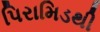
પિરામિડથી